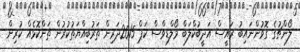
ލޯންޗުގެ ގޮވުންނައިބު ރައީސް އަދީބުކްލަބް މޯލްޑިވްސް ކަޕް 2015ދަރިން ތަރުބިއްޔަތުކުރުން ތަންކޮޅެއް ކުރިން